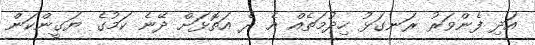
އަދި ފެންވަރު ރަނގަޅު ހިދުމަތެއް އެ ދެ އަތޮޅަށް ދޭނެ ކަމުގެ ޔަގީންކަން